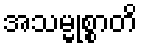
အသမ္မုစ္စာတိ